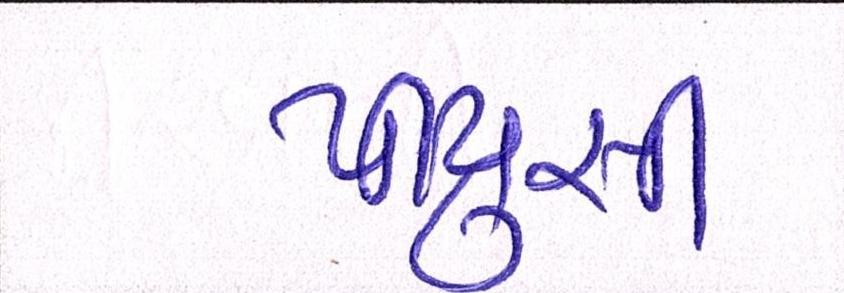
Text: પીયુસી